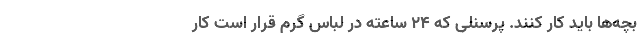
بچه‌ها باید کار کنند. پرسنلی که ۲۴ ساعته در لباس گرم قرار است کار